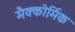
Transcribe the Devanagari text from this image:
मैक्कोर्मिक